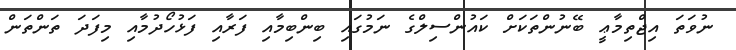
ނުވަތަ އިޖްތިމާޢީ ބޭނުންތަކަށް ކައުންސިލްގެ ނަމުގައި ބިންބިމާއި ފަރާއި ފަޅުހޯދުމާއި މިފަދަ ތަންތަން